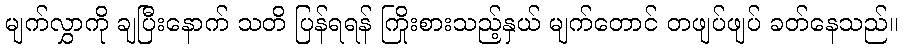
မျက်လွှာကို ချပြီးနောက် သတိ ပြန်ရရန် ကြိုးစားသည့်နှယ် မျက်တောင် တဖျပ်ဖျပ် ခတ်နေသည်။